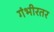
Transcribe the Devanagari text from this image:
गंभीरतर